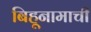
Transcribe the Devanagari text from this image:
बिहूनामाची